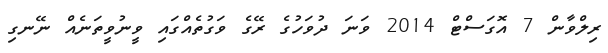
ރިލްވާން 7 އޮގަސްޓް 2014 ވަނަ ދުވަހުގެ ރޭގެ ވަގުތެއްގައި ވީނުވީތަނެއް ނޭނގި